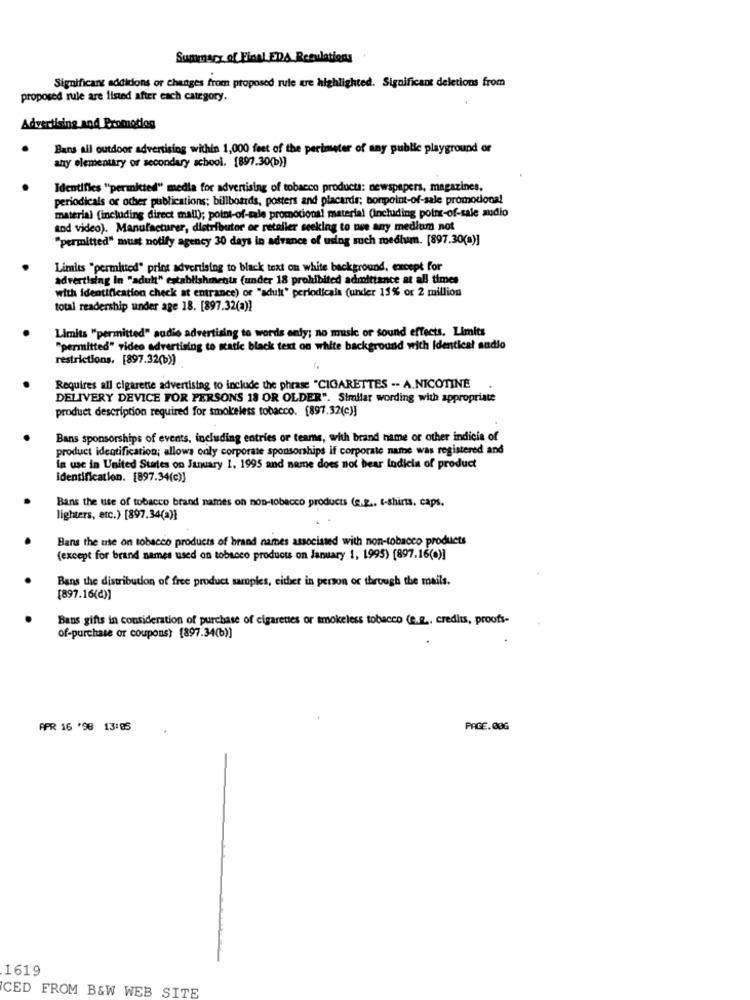
Summary of Final EDA Regulations
Significant additions or changes from proposed rule are highlighted. Significant deletions from
proposed rule are listed after each category.
Advertising and Promotion
Bans all outdoor advertising within 1,000 feet of the perimeter of any public playground or
any elementary or secondary school. [897.30(b)]
Identifies "permitted" media for advertising of tobacco products: newspapers, magazines,
periodicals or other publications; billboards, posters and placards; bonpoint-of-sale promotional
material (including direct mail); point-of-sale promotional material (including point-of-sale audio
tod video). Manufacturer, distributor or retaller seeking to use any medium not
"permitted" must notify agency 30 days in advance of using such medium. [897.30(a)]
Limits "permitted" print advertising to black text on white background, except for
advertising In "adult" establishments (under 18 prohibited admittance at all times
with identification check at entrance) or "adult" periodicals (under 13% or 2 million
total readership under age 18. [897.32(a))
Limits "permitted" audio advertising to words only; no music or sound effects. Limits
"permitted" video advertising to static black text on white background with Identical audio
restrictions. [897.32(b)]
Requires all cigarette advertising to include the phrase "CIGARETTES -- A.NICOTINE
DELIVERY DEVICE FOR PERSONS 18 OR OLDER". Similar wording with appropriate
product description required for smokeless tobacco. [897.32(c)]
Bans sponsorships of events, including entries or teams, with brand name or other indicia of
product identification; allows only corporate sponsorships if corporate name was registered and
in use in United States on January 1. 1995 and name does not bear Indicia of product
Identification. [897.34(c)]
Bans the use of tobacco brand names on non-tobacco products (e.g ., t-shirts, caps.
lighters, etc.) [897.34(a)}
Bans the use on tobacco products of brand names associated with non-tobacco products
(except for brand names used on tobacco products on January 1, 1995) [897.16(0)]
Bans the distribution of free product samples, either in person or through the mails.
[897.16(d)]
Bans gifts in consideration of purchase of cigarettes or smokeless tobacco (e.g ., credits, proofs-
of-purchase or coupons) [897.34(b)]
APR 16 '98 13:85
PAGE.00G
1619
CED FROM B&W WEB SITE